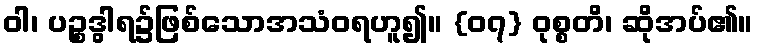
ဝါ၊ ပဉ္စဒွါရ၌ဖြစ်သောအသံဝရဟူ၍။ {၀၇} ဝုစ္စတိ၊ ဆိုအပ်၏။